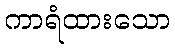
ကာရံထားသော